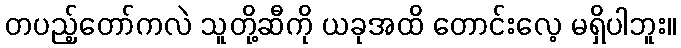
တပည့်တော်ကလဲ သူတို့ဆီကို ယခုအထိ တောင်းလေ့ မရှိပါဘူး။